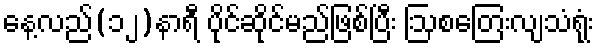
နေ့လည်(၁၂)နာရီ ပိုင်ဆိုင်မည်ဖြစ်ပြီး ဩစတြေးလျသံရုံး